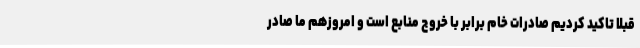
قبلا تاکید کردیم صادرات خام برابر با خروج منابع است و امروزهم ما صادر